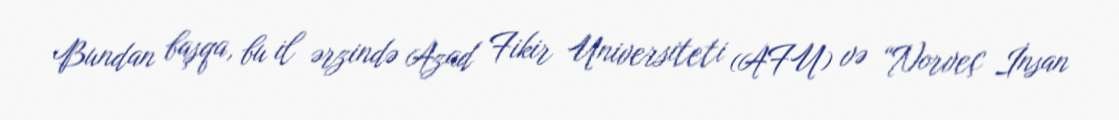
Bundan başqa, bu il ərzində Azad Fikir Universiteti (AFU) və “Norveç İnsan